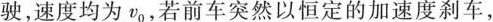
驶，速度均为v_{0}，若前车突然以恒定的加速度刹车，